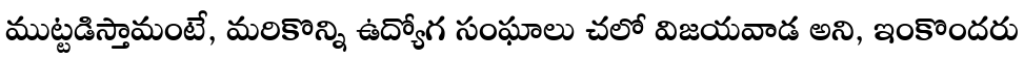
ముట్టడిస్తామంటే, మరికొన్ని ఉద్యోగ సంఘాలు చలో విజయవాడ అని, ఇంకొందరు